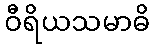
ဝီရိယသမာဓိ